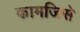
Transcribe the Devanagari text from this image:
कामजिसे